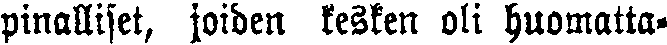
pinalliset, joiden kesken oli huomatta-